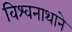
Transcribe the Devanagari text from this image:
विश्वनाथाने